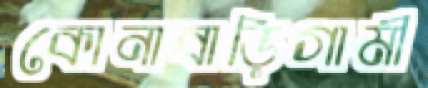
কোনাবাড়িগামী